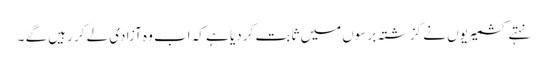
نہتے کشمیریوں نے گزشتہ برسوں میں ثابت کر دیا ہے کہ اب وہ آزادی لے کر رہیں گے ۔